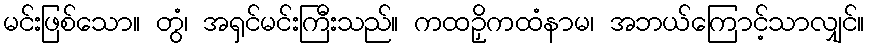
မင်းဖြစ်သော။ တွံ၊ အရှင်မင်းကြီးသည်။ ကထဉှိကထံနာမ၊ အဘယ်ကြောင့်သာလျှင်။